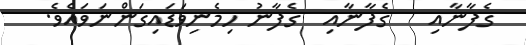
ގެފާނާއި   ގެފާނާއި  ގެފާނު ހިމެނިވަޑައިގަންނަވައެވެ.